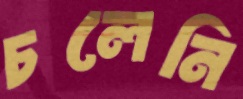
চলেনি